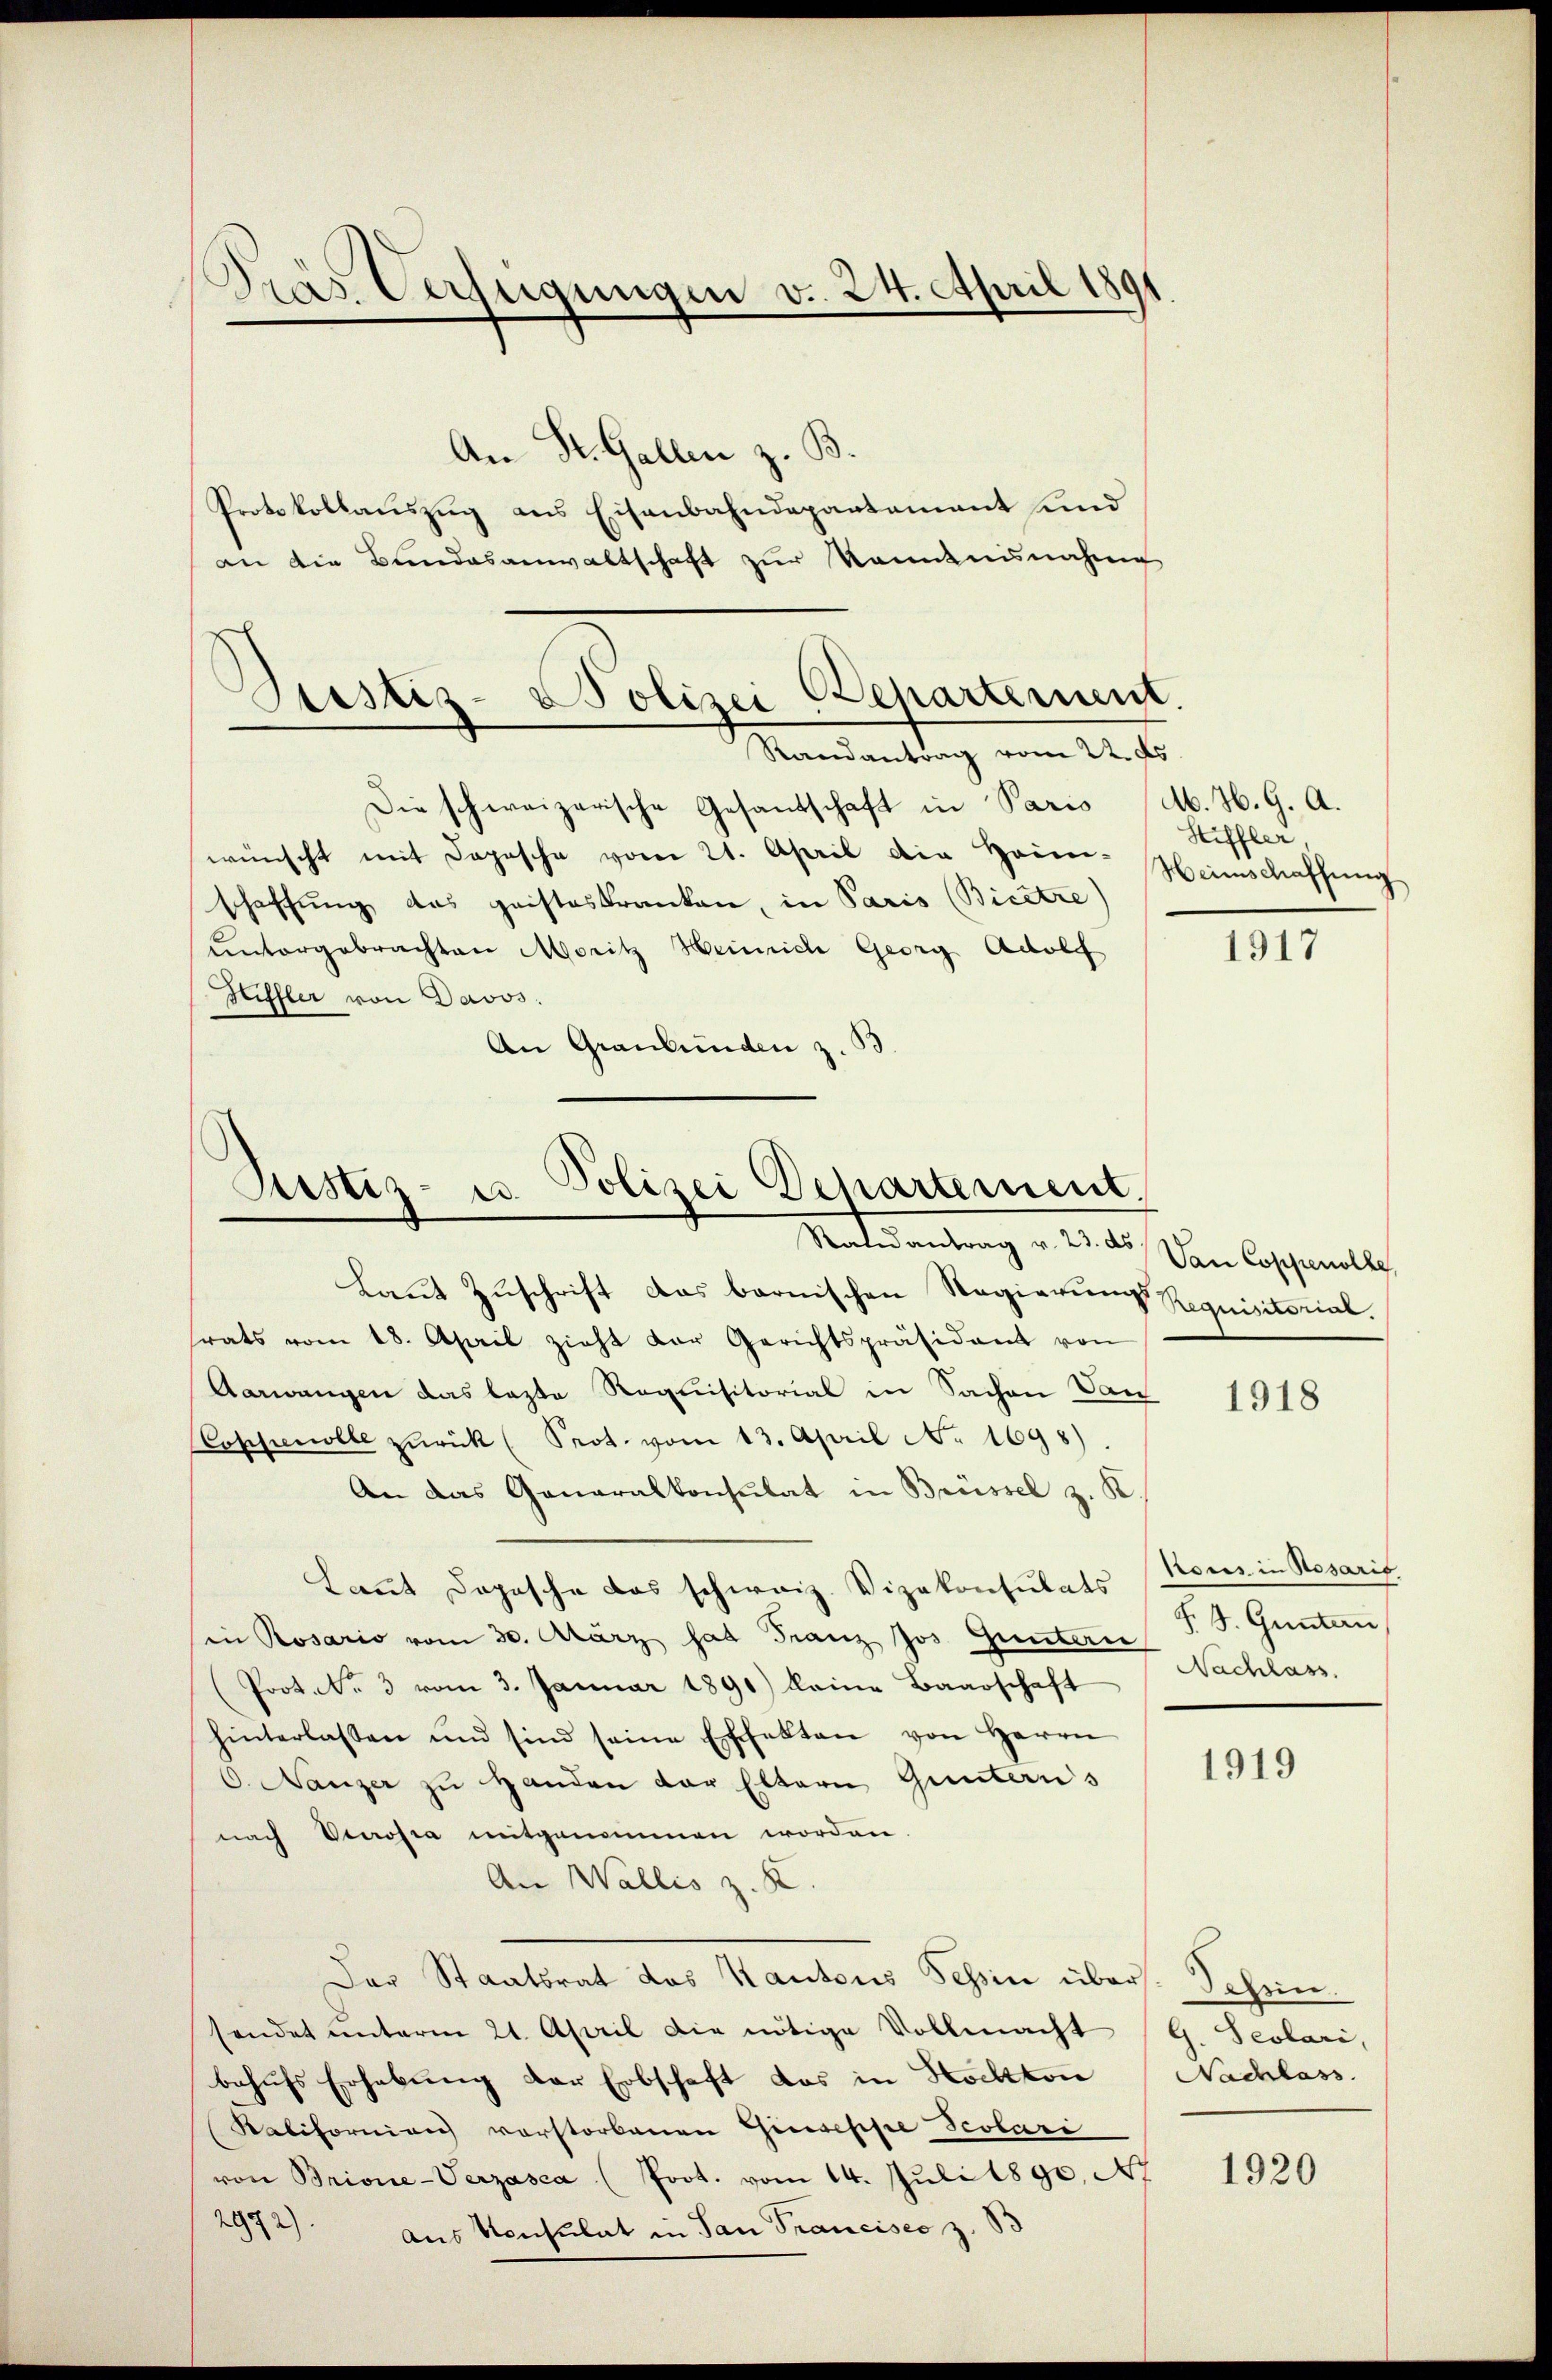
Bras Verfügungen v. 24. April 1891.

Randantrag vom 22. ds.

An St. Gallen z. B.
Protokollauszug aus Eisenbahndepartament und
an die Bundesanwaltschaft zur Kenntnisnahme
Sistiz-Polizei Departement.

Die schweizerische Gesandschaft in Paris M. H. G. A.
wünscht mit Dopische vom 21. April die Horn-Heimschaffung
schaffung das geisteskranken, in Paris (Biectre)
ŭntergebrachten Moritz Heinrich Georg Adolf
Hiffler von Davos.
An Graubünden z. B.

Justiz- u. Polizei Departement.
Rateantrag v. 23. ds

Laut Zuschrift das barnischen Regierung Requisitorial.
trats vom 18. April zieht der Gerichtspräsidant von
Aarwangen das lezte Requisitorial in Sachen Dan
Coppenrolle zŭrück (Seot. vom 13. April N. 1698).
An das Generalkonsulat in Brüssel z. K.
Laut Dapasche das schweiz. Vizekonsulats Kons in Resaris
in Rosario vom 30. März hat Franz Jos. Guntern
 Prot. . 3 vom 3. Januar 1891) keine Baarschaft Nachlass
hinterlassen und sind seine Effekten von Herrn
O. Nanzer zu Handen der Eltern Gunterns
nach Vierosia mitgenommen worden.
An Wallis z. K
Der Staatsrat das Kantons Tessin über. Schen.
sendet unterm 21. April die nötige Vollmacht (G. Seolari,
behufs Erhebung der Erbschaft das in Hochton Nachlass
Ralifornien vorstorbenen Giuseppe Scolari
von Brione-Verzasca (Poot. vom 14. Juli 1890. Ap
2972) aus Konsulat in San Francisco z. B

Hiffler,

1917

Can Coppenolle

1918

F. J. Guntern

1919

1920